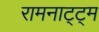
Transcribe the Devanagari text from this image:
रामनाट्ट्म